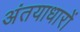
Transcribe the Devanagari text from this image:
अंतयाधारों